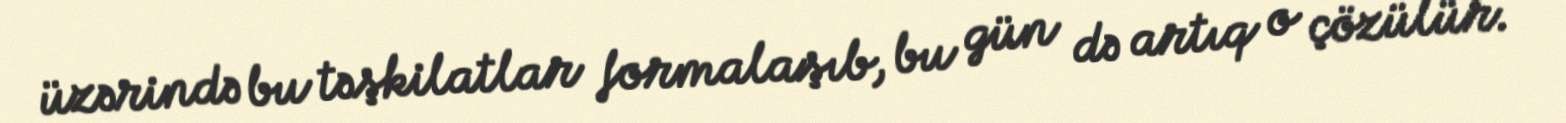
üzərində bu təşkilatlar formalaşıb, bu gün də artıq o çözülür.